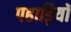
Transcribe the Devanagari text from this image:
पहाड़ियॉ